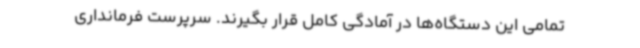
تمامی این دستگاه‌ها در آمادگی کامل قرار بگیرند. سرپرست فرمانداری